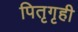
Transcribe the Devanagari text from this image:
पितृगृही